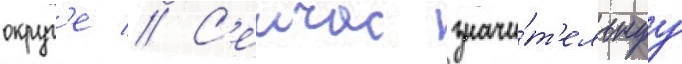
округ'е // С'еичас значи́т'ельнуу